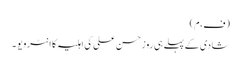
(ف،م)
شادی کے پہلے ہی روز حسن علی کی اہلیہ کا انٹرویو ۔